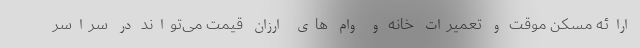
ارائه مسکن موقت و تعمیرات خانه و وام های ارزان قیمت می‌تواند در سراسر